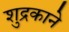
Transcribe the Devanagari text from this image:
शुद्रकाने